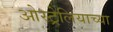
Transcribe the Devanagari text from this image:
ओस्ट्रेलियाच्या